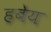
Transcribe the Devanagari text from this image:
हबेय